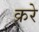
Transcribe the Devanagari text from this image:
क्ररे